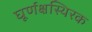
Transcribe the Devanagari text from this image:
घूर्णक्षस्थिरक